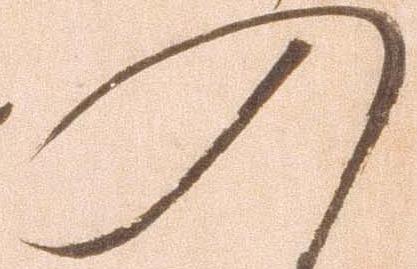
入